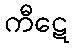
ကီဋေ